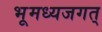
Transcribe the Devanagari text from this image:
भूमध्यजगत्‌